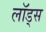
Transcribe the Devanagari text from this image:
लॉड्स